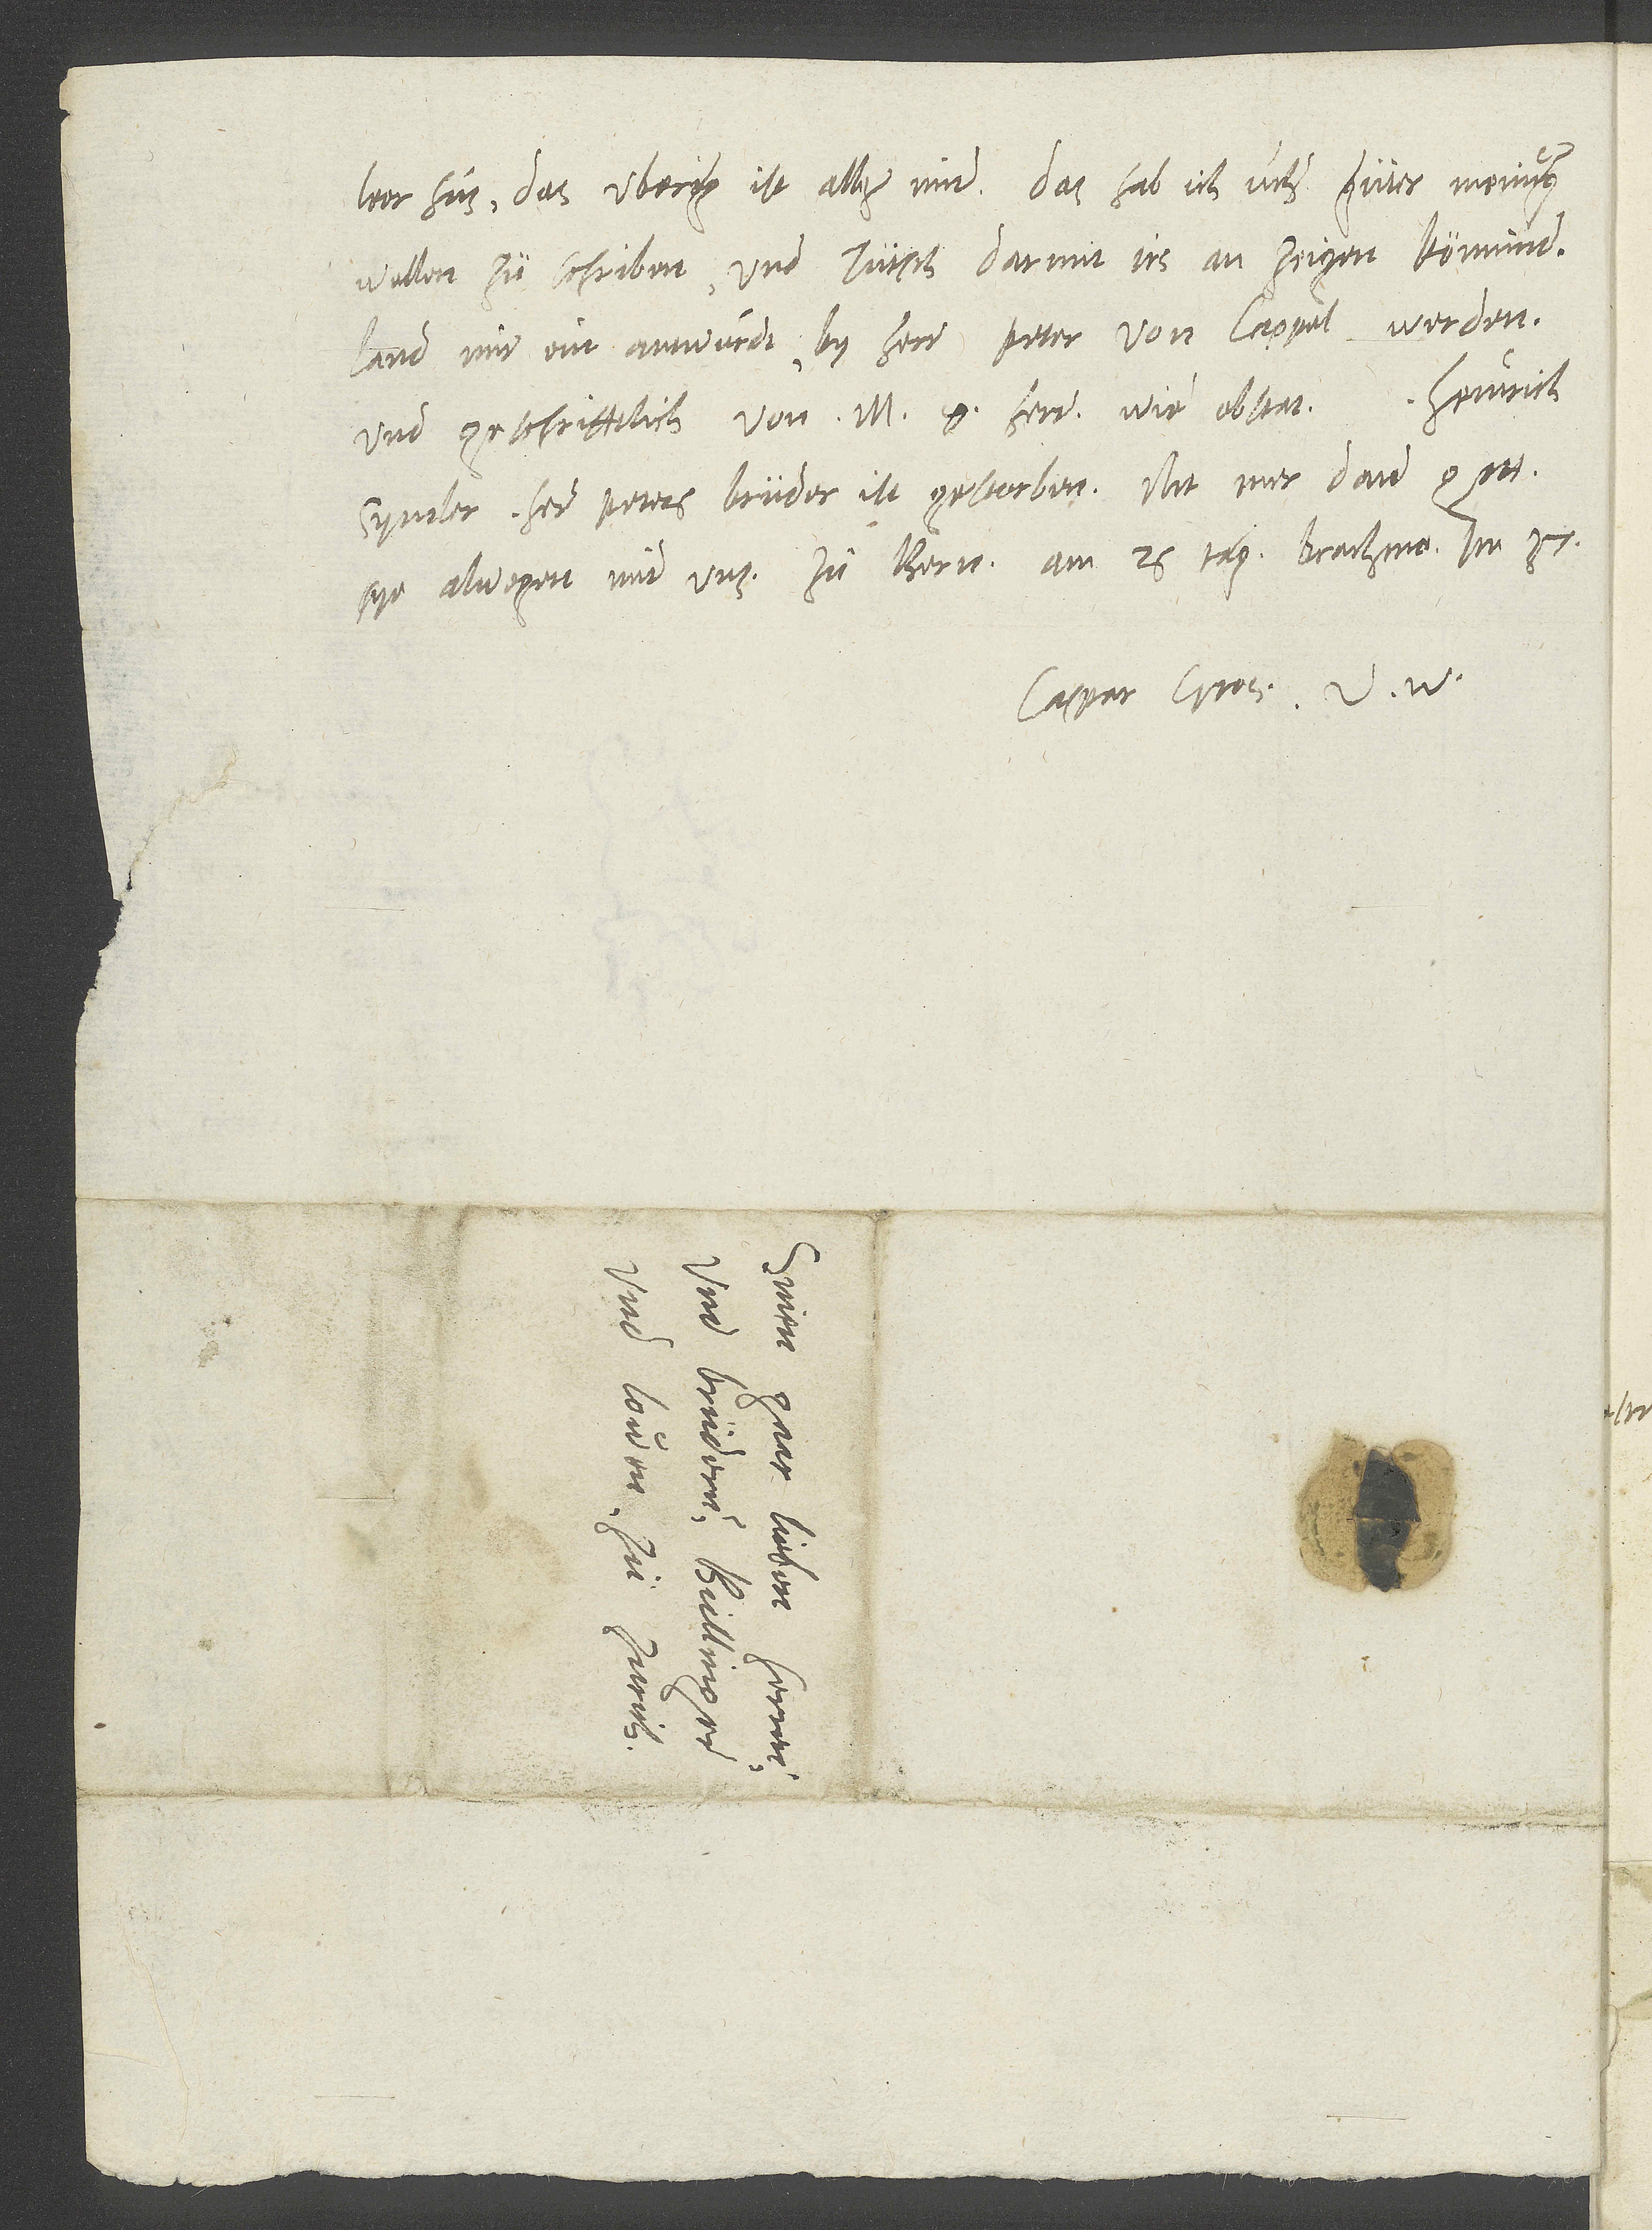
leer hus; das uberig ist alles mir. Das hab ich uch güter meinung
wellen zu schriben und tütsch, darmit irs an zeigen könnind.
Land mir eur antwurdt by herr Peter von Cappel werden
und geschrifftlich von m. g. herren, wie obstat. Heinrich
Symler, her Peters brüder, ist gestorben. Nit mer, dann gott
sye alwegen mit uns. Zü Bern, am 26. tag brachmo im 37.